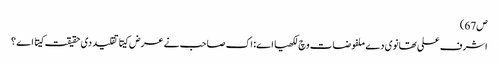
ص67)
اشرف علی تھانوی دے ملفوضات وچ لکھیا اے: اک صاحب نے عرض کیتا تقلید د‏‏ی حقیقت کیتا اے ؟